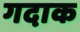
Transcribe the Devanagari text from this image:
गदाक